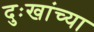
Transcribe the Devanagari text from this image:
दुःखांच्या